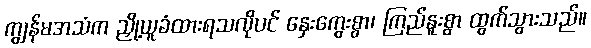
ကျွန်မအသံက ညှို့ယူခံထားရသလိုပင် နှေးကွေးစွာ၊ ကြည်နူးစွာ ထွက်သွားသည်။